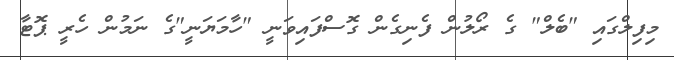
މިފިލްގައި "ބެލް" ގެ ރޯލުން ފެނިގެން ގޮސްފައިވަނީ "ހާމަޔަނީ"ގެ ނަމުން ހެރީ ޕޮޓާ